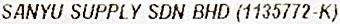
SANYU SUPPLY SDN BHD (1135772-K)